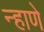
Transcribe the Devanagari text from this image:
न्हाणे